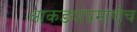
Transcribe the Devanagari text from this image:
आकड्यांप्रमाणेच